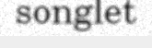
songlet